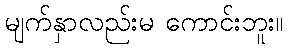
မျက်နှာလည်းမ ကောင်းဘူး။